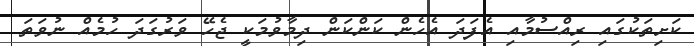
ކަށިތަކުގައި ރިއްސުމާއި އެފަދަ އެހެން ކަންކަން ދިމާވުމަކީ ޖެހޭ ވަރުގަދަ ހުމެއް ނުވަތަ